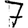
Digit: 7